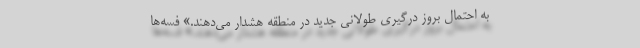
به احتمال بروز درگیری طولانی جدید در منطقه هشدار می‌دهند.» فِسه‌ها